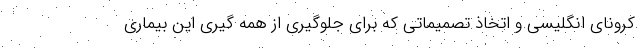
کرونای انگلیسی و اتخاذ تصمیماتی که برای جلوگیری از همه گیری این بیماری